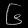
Digit: ၆